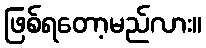
ဖြစ်ရတော့မည်လား။